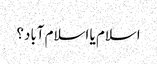
اسلام یا اسلام آباد؟